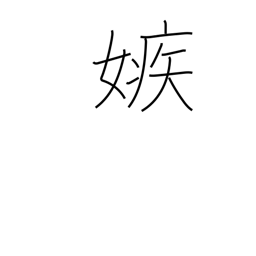
Meaning: jealous